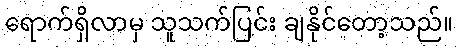
ရောက်ရှိလာမှ သူသက်ပြင်း ချနိုင်တော့သည်။